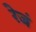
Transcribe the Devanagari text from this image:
रेजं